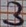
Text: 3